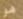
هو